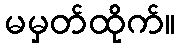
မမှတ်ထိုက်။